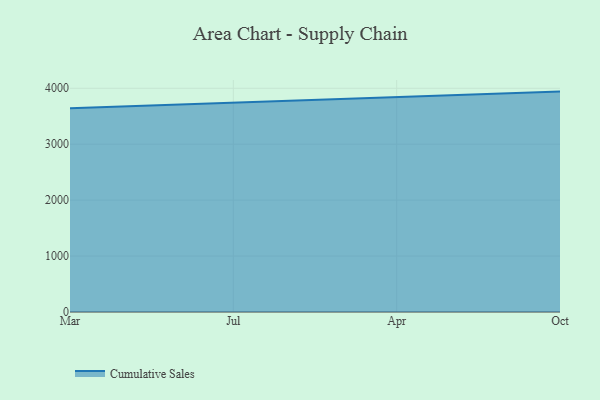
{"axis": {"x": "Month", "y": "Active Users"}, "legend": ["Cumulative Sales"], "data": [{"x": "Mar", "y": 3641.8, "type": "Cumulative Sales"}, {"x": "Jul", "y": 3742.7, "type": "Cumulative Sales"}, {"x": "Apr", "y": 3844.6, "type": "Cumulative Sales"}, {"x": "Oct", "y": 3940.6, "type": "Cumulative Sales"}]}